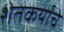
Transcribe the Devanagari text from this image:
शेतकर्यांचे